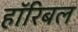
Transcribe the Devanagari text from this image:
हॉरिबल